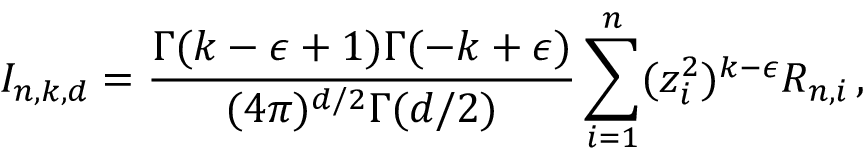
I _ { n , k , d } = \frac { \Gamma ( k - \epsilon + 1 ) \Gamma ( - k + \epsilon ) } { ( 4 \pi ) ^ { d / 2 } \Gamma ( d / 2 ) } \sum _ { i = 1 } ^ { n } ( z _ { i } ^ { 2 } ) ^ { k - \epsilon } R _ { n , i } \, ,